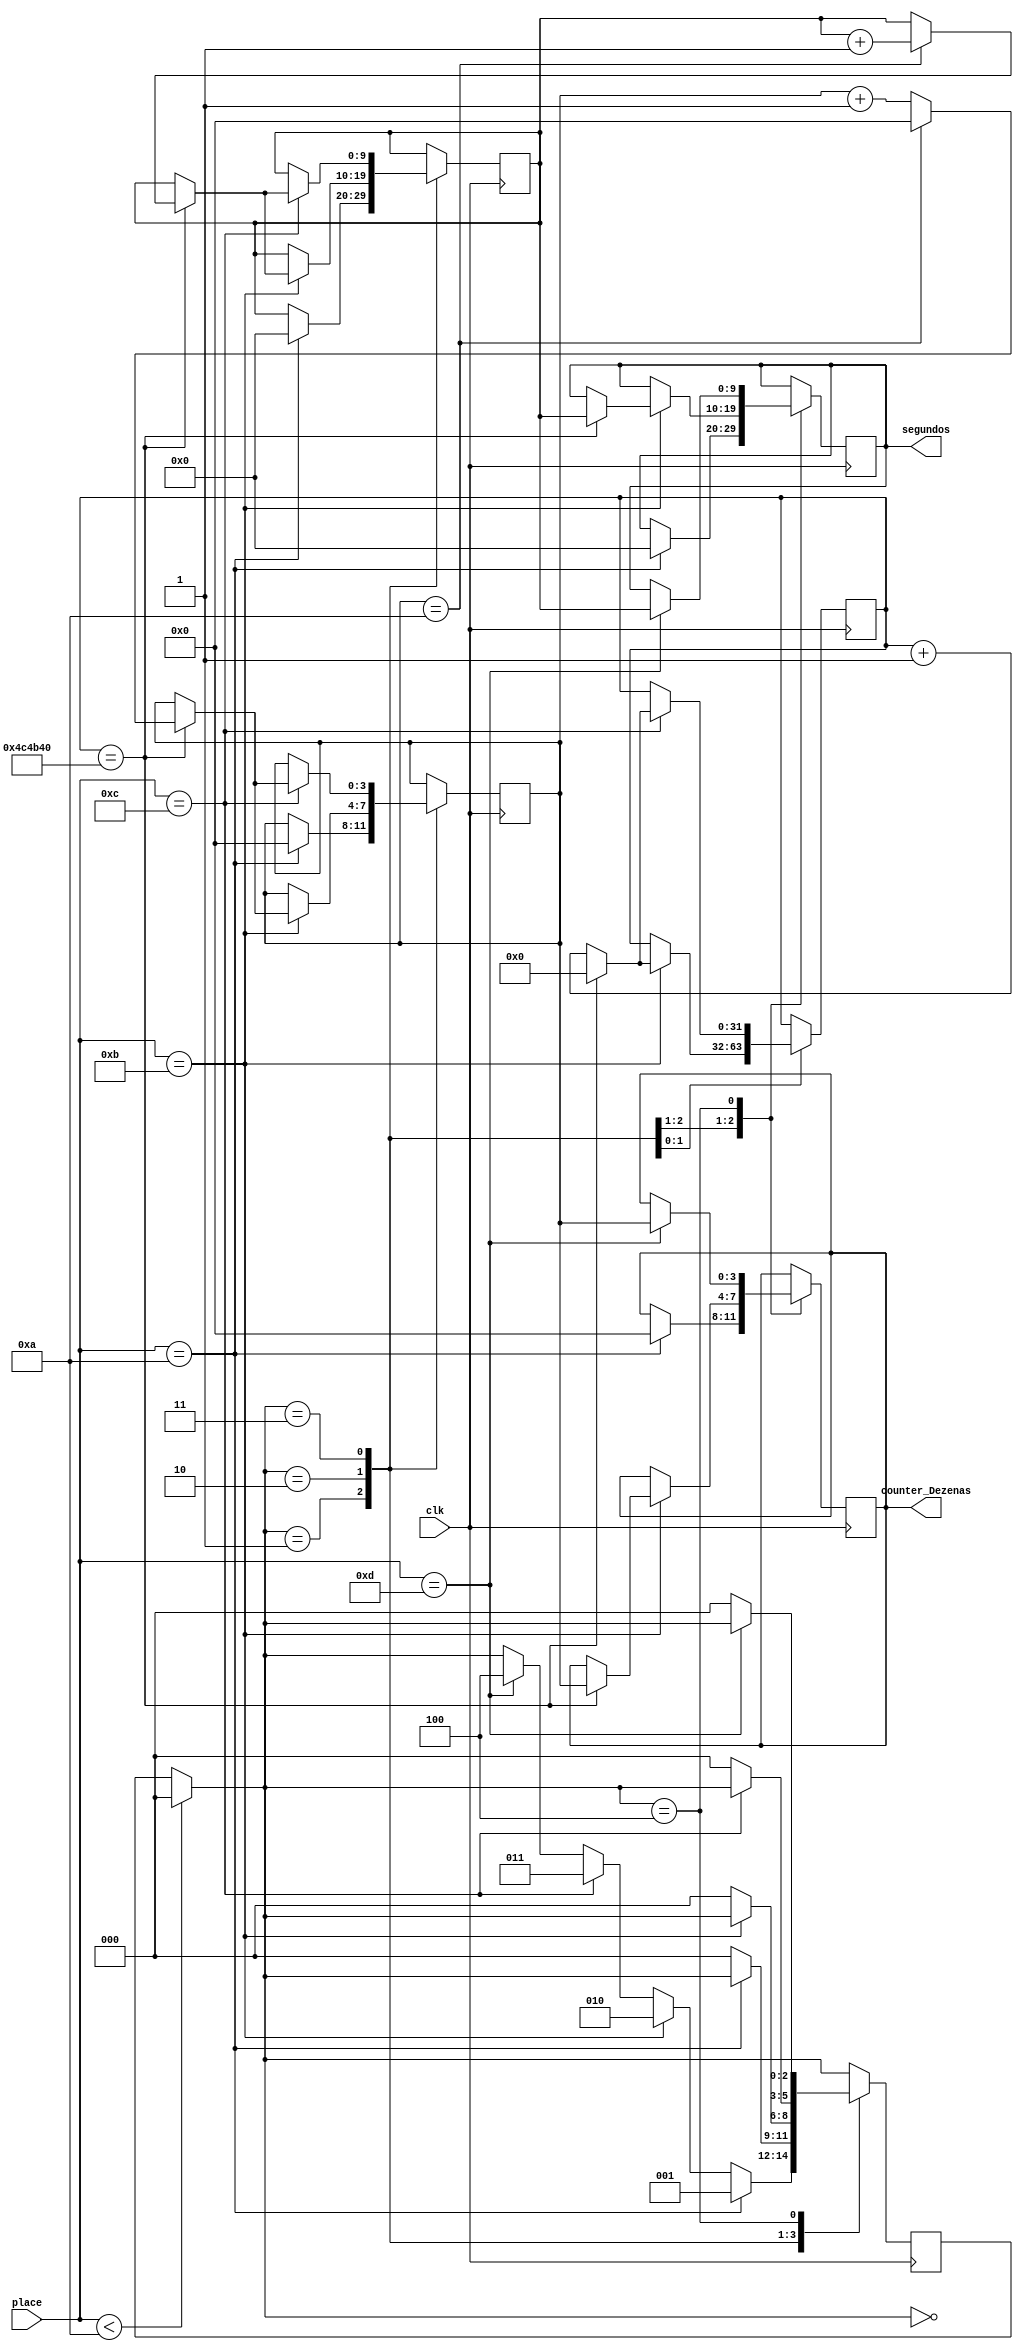

module maqCro(
input clk, 
input [3:0] place,
output reg [3:0] counter_Dezenas, 
output reg [9:0] segundos
);

initial begin counter_Dezenas = 0; end
initial begin segundos = 0; end

reg[3:0] Dez_temp = 0;
reg[9:0] seg_temp = 0;

reg[2:0] estCon = 0;

  parameter inicio = 3'b000;
  parameter zerar = 3'b001;
  parameter retomar = 3'b010;
  parameter congelar = 3'b011;
  parameter parar = 3'b100;
  
  parameter A = 4'd10;
  parameter B = 4'd11;
  parameter C = 4'd12;
  parameter D = 4'd13;

reg [31:0] clk_counter = 0;
parameter Decsec = 5000000;

always @(posedge clk) begin
	if(place < A) begin
		estCon = inicio;
	end

	case(estCon)
		inicio : begin
			if(place == A)
          			estCon = zerar;
        		else if(place == B) 
          			estCon = retomar;
        		else if(place == C)
          			estCon = congelar;
        		else if(place == D)
          			estCon = parar;
		end
		zerar: begin
			if(place == A) begin
				Dez_temp = 4'd0;
				seg_temp = 4'd0;
				
				counter_Dezenas = 4'd0;
				segundos = 4'd0;
			end
			else
				estCon = inicio;
		end
		retomar: begin
		
			if(place == B) begin
					
				if (clk_counter == Decsec) begin
					Dez_temp <= Dez_temp + 1;
					clk_counter <= 0; 
					if (Dez_temp == 10) begin 
						Dez_temp <= 0; 
						seg_temp <= seg_temp +1;
					end			
					counter_Dezenas <= Dez_temp;
					segundos <= seg_temp;
				end
			else begin
				clk_counter <= clk_counter + 1;
			end
			end
			
			else
				estCon = inicio;
		end
		congelar: begin
			if(place == C) begin
				
				if (clk_counter == Decsec) begin
					Dez_temp <= Dez_temp + 1;
					clk_counter <= 0; 
					if (Dez_temp == 10) begin 
						Dez_temp <= 0; 
						seg_temp <= seg_temp +1;
					end			
				end
				else begin
				clk_counter <= clk_counter + 1;
				end
			end
				
			else
				estCon = inicio;
		end
		parar: begin
			if(place == D) begin
				counter_Dezenas <= Dez_temp;
				segundos <= seg_temp;
			end
			else
				estCon = inicio;
		end
	endcase
end

endmodule